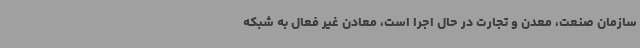
سازمان صنعت، معدن و تجارت در حال اجرا است، معادن غیر فعال به شبکه